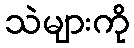
သဲများကို